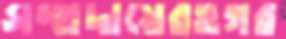
সম্প্রদায়েরওগর